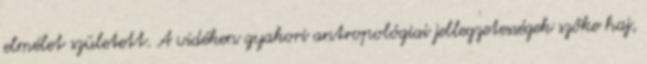
elmélet született. A vidéken gyakori antropológiai jellegzetességek szőke haj,